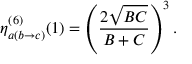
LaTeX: \eta _ { a ( b \rightarrow c ) } ^ { ( 6 ) } ( 1 ) = \left( { \frac { 2 \sqrt { B C } } { B + C } } \right) ^ { 3 } .